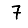
Digit: 7